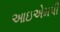
આઇએમપી